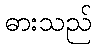
ဓားသည်